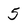
Character: 5